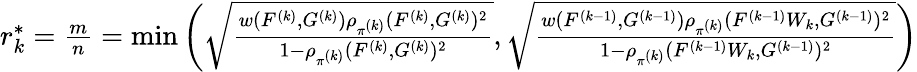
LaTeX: \begin{array}{r}{r_{k}^{\ast}=\frac{m}{n}=\operatorname*{min}\left(\sqrt{\frac{w(F^{(k)},G^{(k)})\rho_{\pi^{(k)}}(F^{(k)},G^{(k)})^{2}}{1-\rho_{\pi^{(k)}}(F^{(k)},G^{(k)})^{2}}},\sqrt{\frac{w(F^{(k-1)},G^{(k-1)})\rho_{\pi^{(k)}}(F^{(k-1)}W_{k},G^{(k-1)})^{2}}{1-\rho_{\pi^{(k)}}(F^{(k-1)}W_{k},G^{(k-1)})^{2}}}\right)}\end{array}